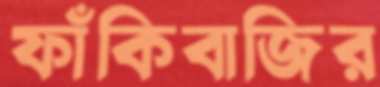
ফাঁকিবাজির